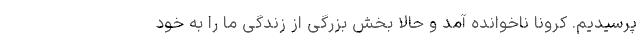
پرسیدیم. کرونا ناخوانده آمد و حالا بخش بزرگی از زندگی ما را به خود